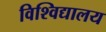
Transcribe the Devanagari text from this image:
विश्‍विद्यालय